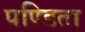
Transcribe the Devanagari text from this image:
पण्डिता